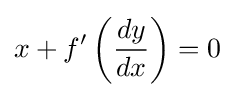
x+f'\left({\frac {dy}{dx}}\right)=0